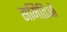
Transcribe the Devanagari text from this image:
समितिऔं